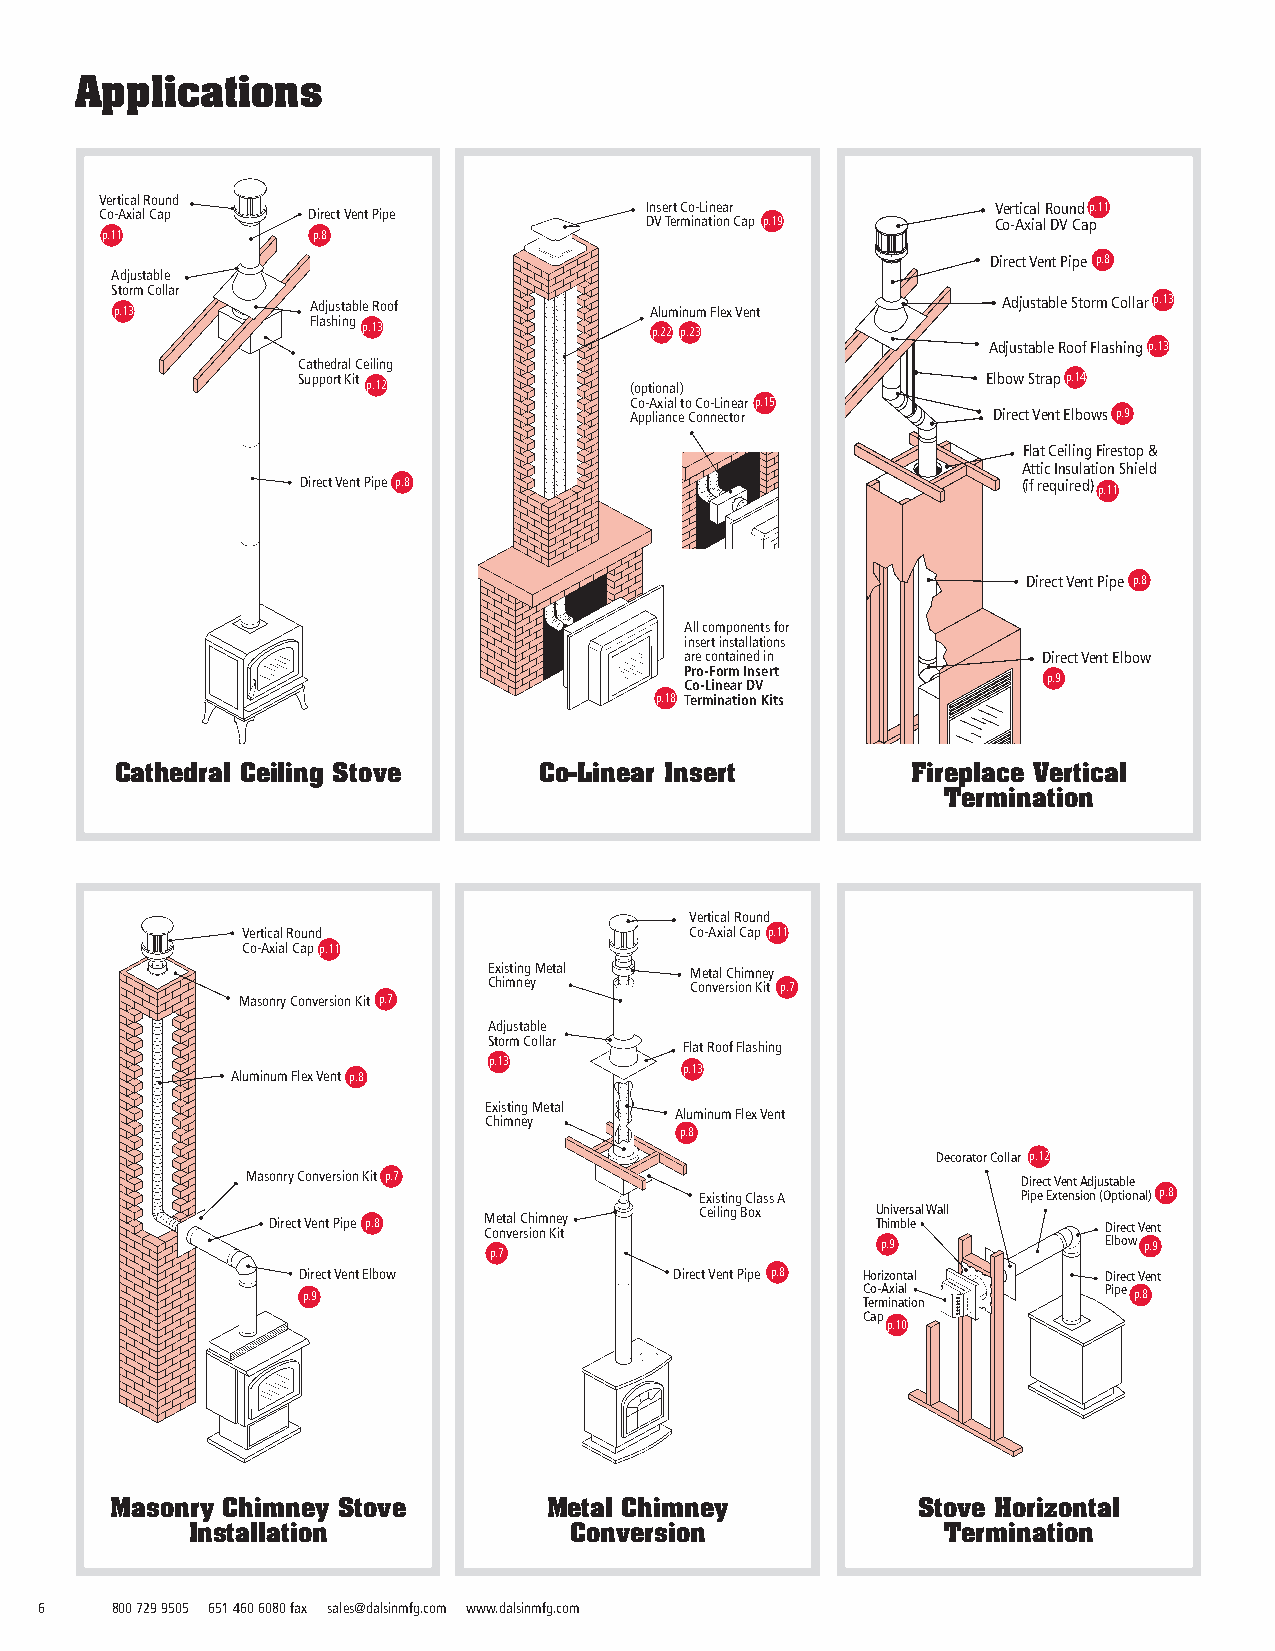
Applications
 Vertical Round
 Co-Axial Cap Direct Vent Pipe       Insert Co-Linear       Vertical Roundp.11
 DV Termination Cap p.19 Co-Axial DV Cap
 p.11          p.8
 Direct Vent Pipe p.8
 Adjustable
 Storm Collar
 p.13         Adjustable Roof       Aluminum Flex Vent     Adjustable Storm Collarp.13
 Flashing
 p.13               p.22 p.23
 Adjustable Roof Flashingp.13
 Cathedral Ceiling
 Support Kit                                  Elbow Strapp.14
 p.12              (optional)
 Co-Axial to Co-Linear p.15
 Appliance Connector     Direct Vent Elbows p.9
 Flat Ceiling Firestop &
 Attic Insulation Shield
 Direct Vent Pipe p.8                            (if required)
 p.11
 Direct Vent Pipe p.8
 All components for
 insert installations
 are contained in        Direct Vent Elbow
 Pro-Form Insert
 p.9
 Co-Linear DV
 p.18 Termination Kits
 Cathedral Ceiling Stove     Co-Linear Insert        Fireplace Vertical
 Termination
 Vertical Round
 Vertical Round                Co-Axial Capp.11
 Co-Axial Capp.11
 Existing Metal Metal Chimney
 Chimney       Conversion Kit p.7
 Masonry Conversion Kit p.7
 Adjustable
 Storm Collar
 Flat Roof Flashing
 p.13
 p.13
 Aluminum Flex Vent p.8
 Existing Metal
 Aluminum Flex Vent
 Chimney
 p.8
 Decorator Collar p.12
 Masonry Conversion Kit p.7                          Direct Vent Adjustable
 Existing Class A      Pipe Extension (Optional) p.8
 Direct Vent Pipe p.8 M Coe nt va el rC sh ioim n n Ke ity Ceiling Box U Thn ii mve br ls eal Wall Direct Vent
 p.9            Elbow p.9
 p.7
 Direct Vent Elbow        Direct Vent Pipe p.8 Horizontal Direct Vent
 p.9                                  C Teo r- mA ix ni aa tl ion Pipe p.8
 Cap
 p.10
 Masonry Chimney Stove        Metal Chimney            Stove Horizontal
 Installation             Conversion               Termination
 6    800 729 9505 651 460 6080 fax sales@dalsinmfg.com www.dalsinmfg.com